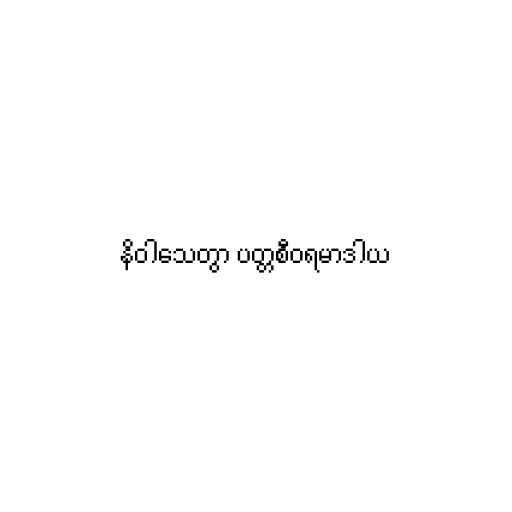
နိဝါသေတွာ ပတ္တစီဝရမာဒါယ